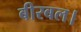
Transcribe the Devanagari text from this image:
बीरबल।